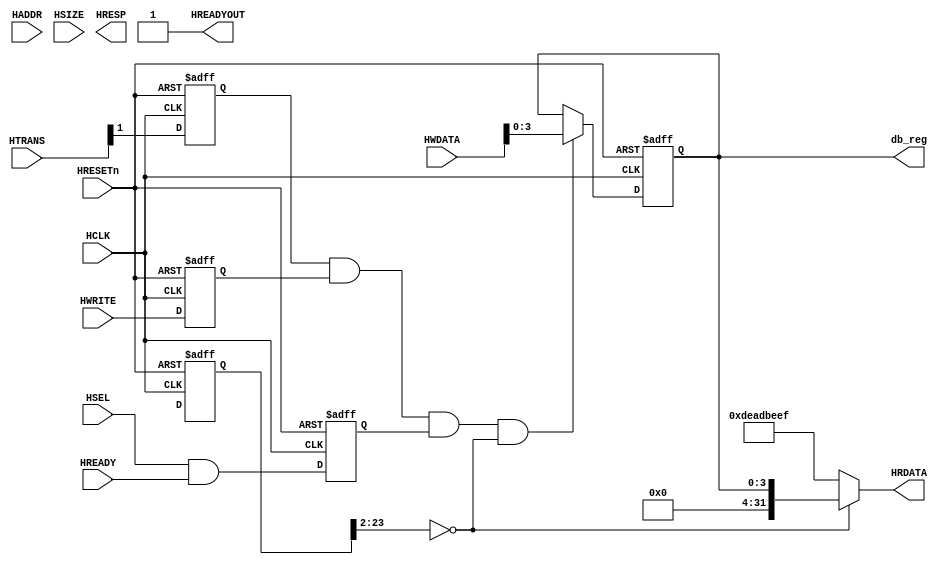
`timescale 1ns/1ns
    module AHBlite_db_reg (
    // AHB Interface
    // clock and reset 
    input  wire        HCLK,    
    //input  wire        HCLKG,   // Gated clock
    input  wire        HRESETn, // Reset

    // input ports
    input   wire        HSEL,    // Select
    input   wire [23:2] HADDR,   // Address
    input   wire        HREADY, // 
    input   wire        HWRITE,  // Write control
    input   wire [1:0]  HTRANS,    // AHB transfer type
    input   wire [2:0]  HSIZE,    // AHB hsize
    input   wire [31:0] HWDATA,  // Write data

    // output ports
    output wire [31:0] HRDATA,  // Read data
    output wire        HREADYOUT,  // Device ready
    output wire [1:0]   HRESP,
		// IP Interface
	// db_reg register/fields
	  output reg [3:0] db_reg


);
    reg         IOSEL;
    reg [23:0]  IOADDR;
    reg         IOWRITE;    // I/O transfer direction
    reg [2:0]   IOSIZE;     // I/O transfer size
    reg         IOTRANS;

    // registered HSEL, update only if selected to reduce toggling
    always @(posedge HCLK or negedge HRESETn) begin
        if (~HRESETn)
            IOSEL <= 1'b0;
        else
            IOSEL <= HSEL & HREADY;
    end
    
    // registered address, update only if selected to reduce toggling
    always @(posedge HCLK or negedge HRESETn) begin
        if (~HRESETn)
            IOADDR <= 24'd0;
        else
            IOADDR <= HADDR[23:0];
    end

    // Data phase write control
    always @(posedge HCLK or negedge HRESETn)
    begin
      if (~HRESETn)
        IOWRITE <= 1'b0;
      else
        IOWRITE <= HWRITE;
    end
  
    // registered hsize, update only if selected to reduce toggling
    always @(posedge HCLK or negedge HRESETn)
    begin
      if (~HRESETn)
        IOSIZE <= {3{1'b0}};
      else
        IOSIZE <= HSIZE[2:0];
    end
  
    // registered HTRANS, update only if selected to reduce toggling
    always @(posedge HCLK or negedge HRESETn)
    begin
      if (~HRESETn)
        IOTRANS <= 1'b0;
      else
        IOTRANS <= HTRANS[1];
    end
    
    wire rd_enable;
    assign  rd_enable = IOSEL & (~IOWRITE) & IOTRANS; 
    wire wr_enable = IOTRANS & IOWRITE & IOSEL;
    

	// Register: db_reg
    wire db_reg_select = wr_enable & (IOADDR[23:2] == 20'h0);
    
    always @(posedge HCLK or negedge HRESETn)
    begin
        if (~HRESETn)
            db_reg <= 4'h0;
        else if (db_reg_select)
            db_reg <= HWDATA;
    end
    
    assign HRDATA = 
      	(IOADDR[23:2] == 22'h0) ? {28'd0,db_reg} : 
	32'hDEADBEEF;
	assign HREADYOUT = 1'b1;     // Always ready

endmodule